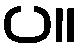
ပ။